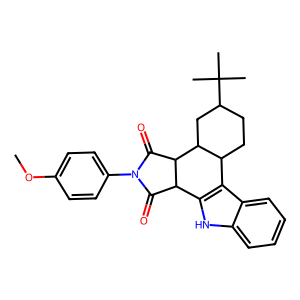
SMILES: COc1ccc(N2C(=O)C3c4[nH]c5ccccc5c4C4CCC(C(C)(C)C)CC4C3C2=O)cc1
Inhibits HIV replication: Yes